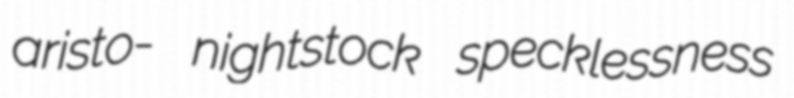
aristo- nightstock specklessness